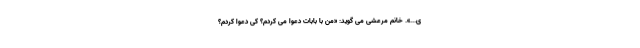
ی...». خانم مرعشی می گوید: «من با بابات دعوا می کردم؟ کی دعوا کردم؟